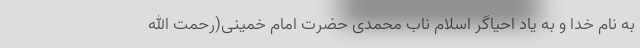
به نام خدا و به یاد احیاگر اسلام ناب محمّدی حضرت امام خمینی(رحمت الله